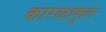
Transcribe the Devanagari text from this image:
कारळाकुल